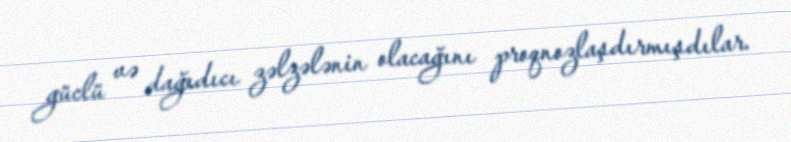
güclü və dağıdıcı zəlzələnin olacağını proqnozlaşdırmışdılar.